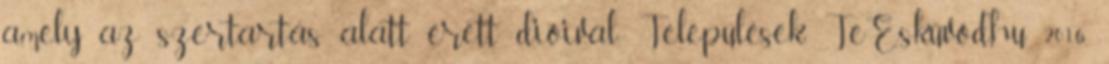
amely az szertartás alatt érett dióival. Települések TeEsküvőd.hu 2016.